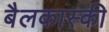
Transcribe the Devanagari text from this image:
बैलकास्की